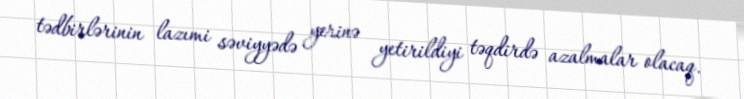
tədbirlərinin lazımi səviyyədə yerinə yetirildiyi təqdirdə azalmalar olacaq.